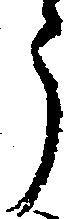
う